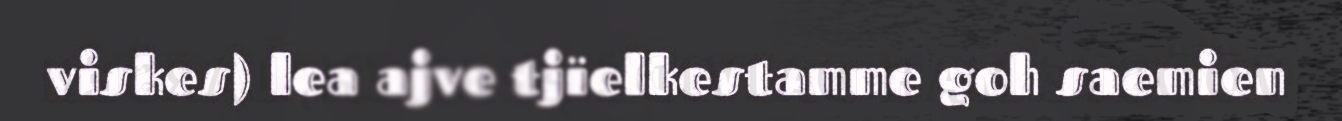
viskes) lea ajve tjïelkestamme goh saemien